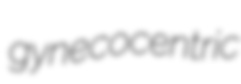
gynecocentric